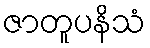
ဇာတူပနိသံ